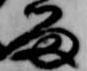
留